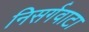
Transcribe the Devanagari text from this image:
निसर्गवाटा